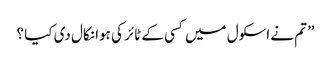
” تم نے اسکول میں کسی کے ٹائر کی ہوا نکال دی کیا ؟